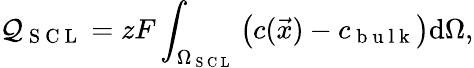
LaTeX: \mathcal{Q}_{\mathrm{{~S~C~L~}}}=zF\int_{\Omega_{\mathrm{{~S~C~L~}}}}\left(c(\vec{{x}})-c_{\mathrm{{~b~u~l~k~}}}\right)\mathrm{{d}}\Omega,